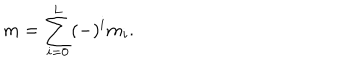
m = \sum _ { i = 0 } ^ { L } ( - ) ^ { i } m _ { i } .